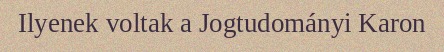
Ilyenek voltak a Jogtudományi Karon